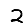
Digit: 2